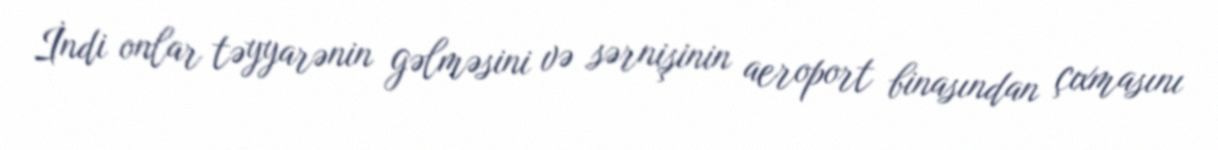
İndi onlar təyyarənin gəlməsini və sərnişinin aeroport binasından çıxmasını